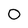
Character: 0